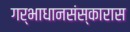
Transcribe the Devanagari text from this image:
गर्भाधानसंस्कारास